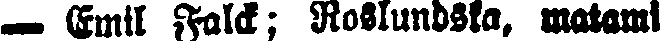
— Emil Falck; Roslundsta, matami